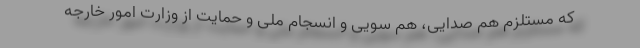
که مستلزم هم صدایی، هم سویی و انسجام ملی و حمایت از وزارت امور خارجه